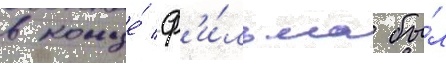
в конце́ ф'и́льма бы́л